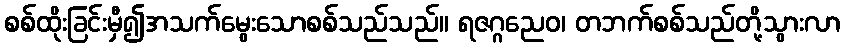
စစ်ထိုးခြင်းမှီ၍အသက်မွေးသောစစ်သည်သည်။ ရဇဂ္ဂညေဝ၊ တဘက်စစ်သည်တို့သွားလာ